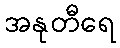
အနုတီရေ